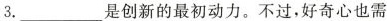
3.___是创新的最初动力。不过，好奇心也需